Indian journal of veterinary science and animal husbandry - Volume 6,
Year: 1936
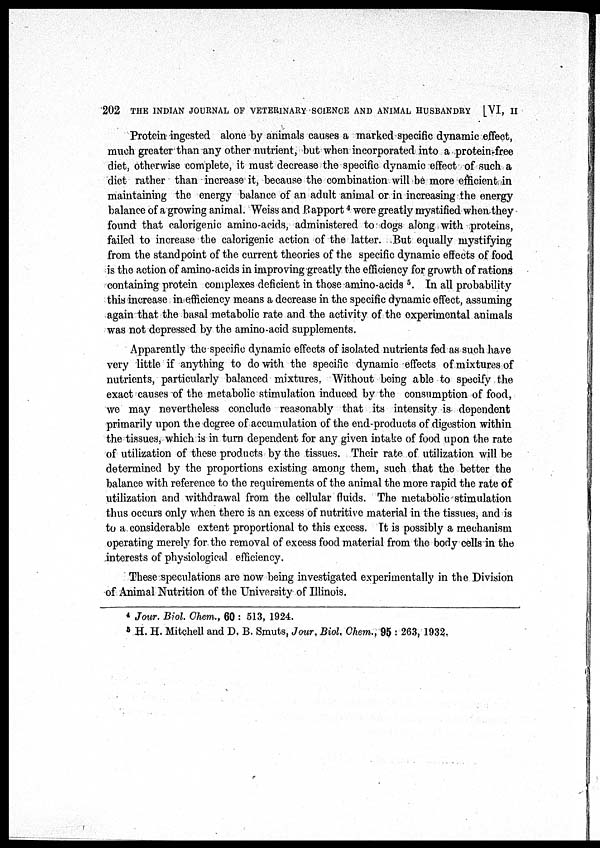
202 THE INDIAN JOURNAL OF VETERINARY SCIENCE AND ANIMAL HUSBANDRY
[VI, II
Protein ingested alone by animals causes a marked specific dynamic effect,
much greater than any other nutrient, but when incorporated into a protein-free
diet, otherwise complete, it must decrease the specific dynamic effect of such a
diet rather than increase it, because the combination will be more efficient in
maintaining the energy balance of an adult animal or in increasing the energy
balance of a growing animal. Weiss and Rapport 4 were greatly mystified when they
found that calorigenic amino-acids, administered to dogs along with proteins,
failed to increase the calorigenic action of the latter. But equally mystifying
from the standpoint of the current theories of the specific dynamic effects of food
is the action of amino-acids in improving greatly the efficiency for growth of rations
containing protein complexes deficient in those amino-acids 5 . In all probability
this increase in efficiency means a decrease in the specific dynamic effect, assuming
again that the basal metabolic rate and the activity of the experimental animals
was not depressed by the amino-acid supplements.
Apparently the specific dynamic effects of isolated nutrients fed as such have
very little if anything to do with the specific dynamic effects of mixtures of
nutrients, particularly balanced mixtures. Without being able to specify the
exact causes of the metabolic stimulation induced by the consumption of food,
we may nevertheless conclude reasonably that its intensity is dependent
primarily upon the degree of accumulation of the end-products of digestion within
the tissues, which is in turn dependent for any given intake of food upon the rate
of utilization of these products by the tissues. Their rate of utilization will be
determined by the proportions existing among them, such that the better the
balance with reference to the requirements of the animal the more rapid the rate of
utilization and withdrawal from the cellular fluids. The metabolic stimulation
thus occurs only when there is an excess of nutritive material in the tissues, and is
to a considerable extent proportional to this excess. It is possibly a mechanism
operating merely for the removal of excess food material from the body cells in the
interests of physiological efficiency.
These speculations are now being investigated experimentally in the Division
of Animal Nutrition of the University of Illinois.
4 Jour. Biol. Chem., 60 : 513, 1924.
5 H. H. Mitchell and D. B. Smuts, Jour. Biol. Chem., 95 : 263, 1932.